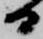
日